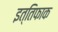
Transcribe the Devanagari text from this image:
इत्तिफाक